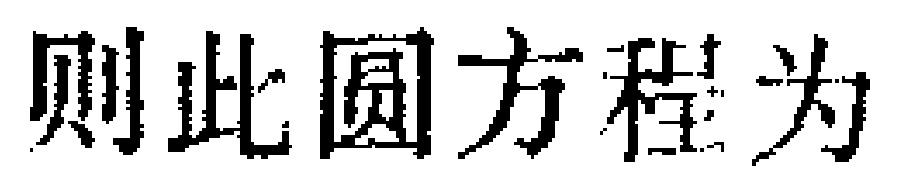
则此圆方程为